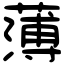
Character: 薄